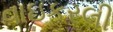
વાઇકરલી